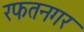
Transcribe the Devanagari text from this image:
रफतनगर